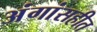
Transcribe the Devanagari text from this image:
अंगांसहीत